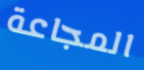
المجاعة